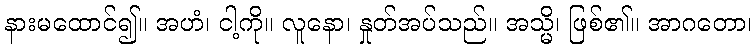
နားမထောင်၍။ အဟံ၊ ငါ့ကို။ လူနော၊ နှုတ်အပ်သည်။ အသ္မိ၊ ဖြစ်၏။ အာဂတော၊